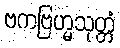
ဗကဗြဟ္မသုတ္တံ